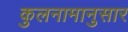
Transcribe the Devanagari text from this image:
कुलनामानुसार